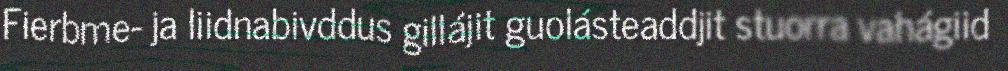
Fierbme- ja liidnabivddus gillájit guolásteaddjit stuorra vahágiid